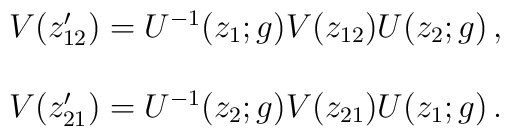
\begin{array}{c}V(z_{12}^{\prime})=U^{-1}(z_{1};g)V(z_{12})U(z_{2};g)\,,\\{}\\V(z_{21}^{\prime})=U^{-1}(z_{2};g)V(z_{21})U(z_{1};g)\,.\end{array}